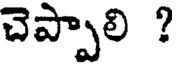
చెప్పాలి ?